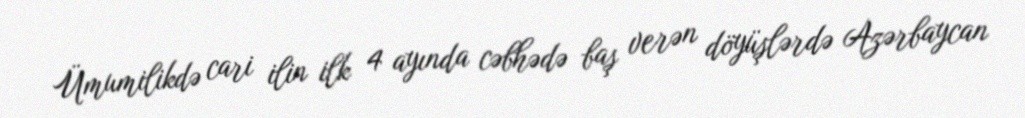
Ümumilikdə cari ilin ilk 4 ayında cəbhədə baş verən döyüşlərdə Azərbaycan